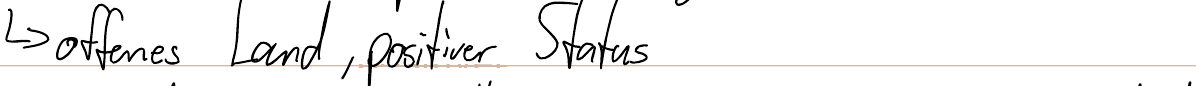
-> offenes Land, positiver Status